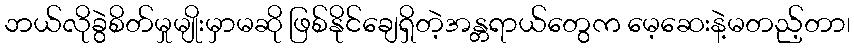
ဘယ်လိုခွဲစိတ်မှုမျိုးမှာမဆို ဖြစ်နိုင်ချေရှိတဲ့အန္တရာယ်တွေက မေ့ဆေးနဲ့မတည့်တာ၊